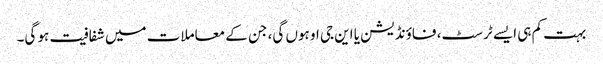
بہت کم ہی ایسے ٹرسٹ، فاؤنڈیشن یا این جی او ہوں گی، جن کے معاملات میں شفافیت ہو گی۔